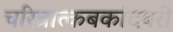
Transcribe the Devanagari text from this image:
चरित्रात्कबकांदबरी